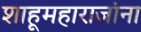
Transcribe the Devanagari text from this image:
शाहूमहाराजांना